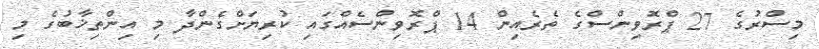
މިސްރުގެ 27 ޕްރޮވިންސްގެ ތެރެއިން 14 ޕްރޮވިންސެއްގައި ކުރިޔަށްގެންދާ މި އިންތިޚާބުގެ މި